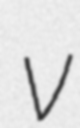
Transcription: v